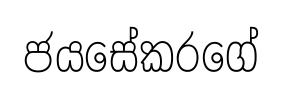
ජයසේකරගේ